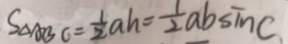
S _ { \Delta A B C } = \frac { 1 } { 2 } a h = \frac { 1 } { 2 } a b \sin C